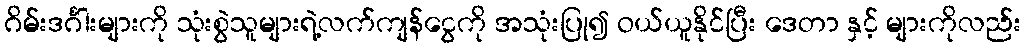
ဂိမ်းဒင်္ဂါးများကို သုံးစွဲသူများရဲ့လက်ကျန်ငွေကို အသုံးပြု၍ ဝယ်ယူနိုင်ပြီး ဒေတာ နှင့် များကိုလည်း